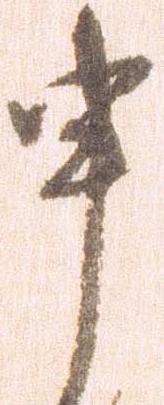
申